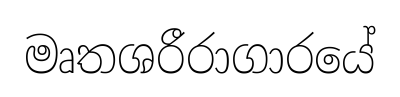
මෘතශරීරාගාරයේ